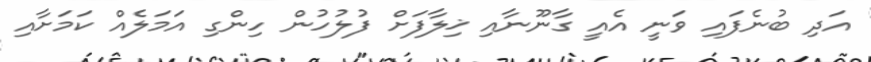
އަދި ބުނެފައި ވަނީ އެއީ ގާނޫނާއި ޚިލާފަށް ފުލުހުން ހިންގި އަމަލެއް ކަމަށާއި